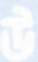
উ